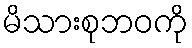
မိသားစုဘဝကို